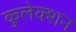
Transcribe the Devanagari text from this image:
कुलेक्शन